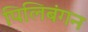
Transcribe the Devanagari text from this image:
पिलिबंगन